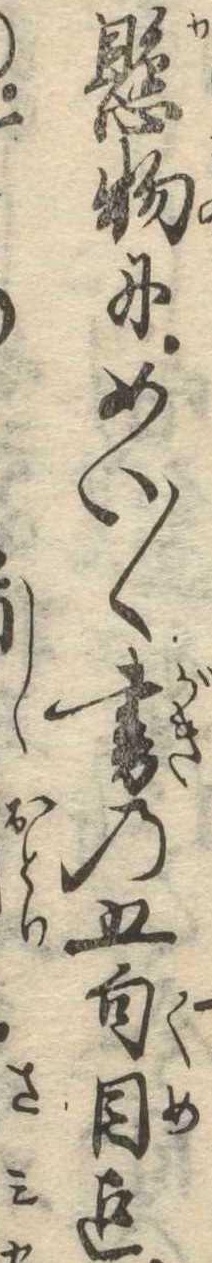
懸物にめい〱書の五句目迄